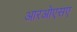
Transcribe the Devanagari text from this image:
आरओएसए